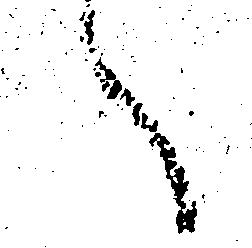
へ